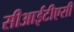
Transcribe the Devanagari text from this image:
सीआईटीएसी